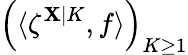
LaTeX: \left(\langle\zeta^{\mathbf{X}|K},f\rangle\right)_{K\geq1}